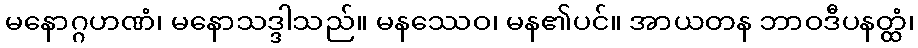
မနောဂ္ဂဟဏံ၊ မနောသဒ္ဒါသည်။ မနဿေဝ၊ မန၏ပင်။ အာယတန ဘာဝဒီပနတ္ထံ၊